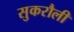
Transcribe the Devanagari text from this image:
सुकरौली